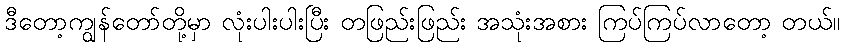
ဒီတော့ကျွန်တော်တို့မှာ လုံးပါးပါးပြီး တဖြည်းဖြည်း အသုံးအစား ကြပ်ကြပ်လာတော့ တယ်။